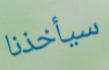
سيأخذنا